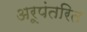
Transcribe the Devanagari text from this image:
अरूपंतरित